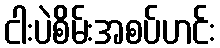
ငါးပဲစိမ်းအစပ်ဟင်း